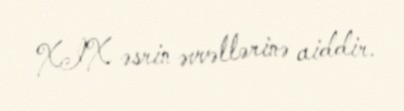
XIX əsrin əvvəllərinə aiddir.